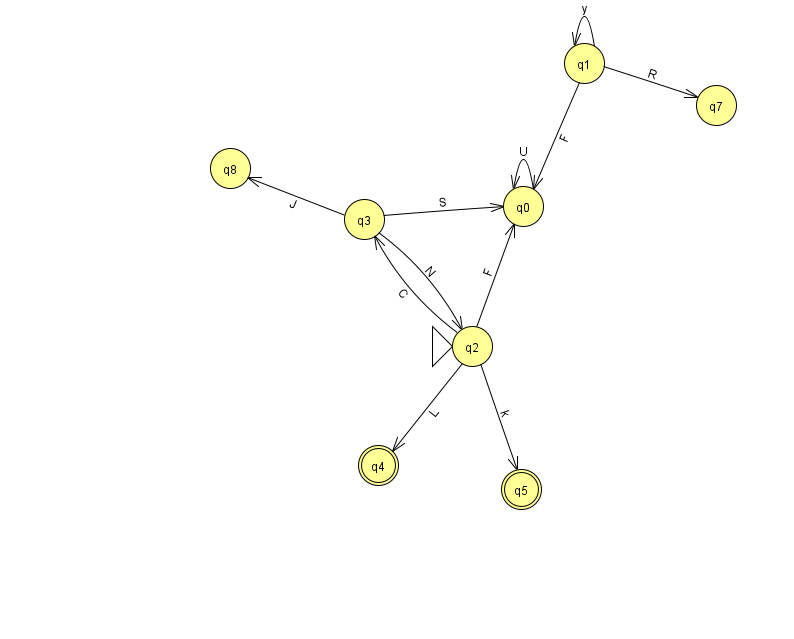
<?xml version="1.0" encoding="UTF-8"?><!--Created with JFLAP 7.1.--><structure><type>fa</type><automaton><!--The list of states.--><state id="0" name="q0"><x>523.0</x><y>193.0</y></state><state id="1" name="q1"><x>584.0</x><y>50.0</y></state><state id="2" name="q2"><x>472.0</x><y>333.0</y><initial/></state><state id="3" name="q3"><x>364.0</x><y>206.0</y></state><state id="4" name="q4"><x>378.0</x><y>452.0</y><final/></state><state id="5" name="q5"><x>521.0</x><y>476.0</y><final/></state><state id="7" name="q7"><x>716.0</x><y>92.0</y></state><state id="8" name="q8"><x>230.0</x><y>155.0</y></state><!--The list of transitions.--><transition><from>3</from><to>8</to><read>J</read></transition><transition><from>2</from><to>5</to><read>k</read></transition><transition><from>1</from><to>0</to><read>F</read></transition><transition><from>1</from><to>7</to><read>R</read></transition><transition><from>3</from><to>2</to><read>N</read></transition><transition><from>0</from><to>0</to><read>U</read></transition><transition><from>2</from><to>0</to><read>F</read></transition><transition><from>1</from><to>1</to><read>y</read></transition><transition><from>2</from><to>3</to><read>C</read></transition><transition><from>3</from><to>0</to><read>S</read></transition><transition><from>2</from><to>4</to><read>L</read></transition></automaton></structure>